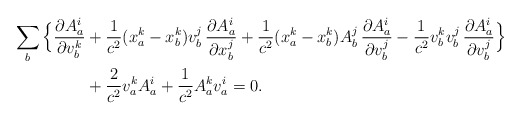
\begin{align*}\sum_b\Big\{\frac{\partial A^i_a}{\partial v^k_b}&+\frac{1}{c^2}(x^k_a-x^k_b)v^j_b\,\frac{\partial A^i_a}{\partial x^j_b}+\frac{1}{c^2}(x^k_a-x^k_b)A^j_b\,\frac{\partial A^i_a}{\partial v^j_b}-\frac{1}{c^2}v^k_bv^j_b\,\frac{\partial A^i_a}{\partial v^j_b}\Big\}\\&+\frac{2}{c^2}v^k_aA^i_a+\frac{1}{c^2}A^k_av^i_a=0.\end{align*}